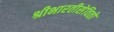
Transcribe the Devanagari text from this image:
श्रीभारतीसेवितो